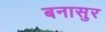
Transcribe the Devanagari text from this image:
बनासुर